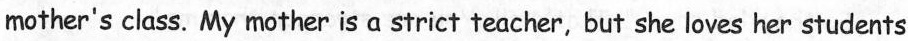
mother's class. My mother is a strict teacher, but she loves her students